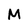
Character: M